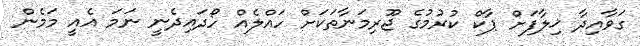
ގަވާއިދާ ޚިލާފަށް ޕާކް ކުރުމުގެ ޖޫރިމަނާތަކަށް ހައްލެއް ހޯދައިދެނީ ނަމަ އެއީ މަމެން